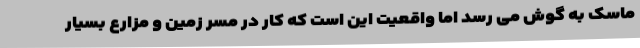
ماسک به گوش می رسد اما واقعیت این است که کار در مسر زمین و مزارع بسیار